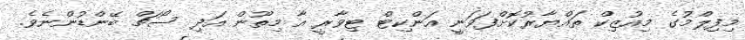
މިފިލްމުގެ މިއުޒިކް ތައްޔާރުކޮށްފަވަނީ އަންކިޓް ޓިވާރީ އާ މިތޫން އަދި ސޯޗް ބޭންޑުންނެވެ.